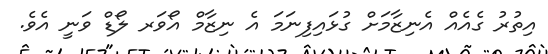
އިތުރު ގެއެއް އެނިޒާމަަށް ގުޅައިފިނަމަ އެ ނިޒާމް އޯވަރ ލޯޑް ވަނީ އެވެ.